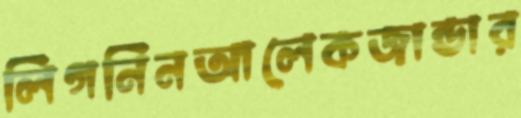
লিগনিনআলেকজান্ডার